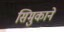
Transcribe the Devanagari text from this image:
सिमुकाने